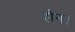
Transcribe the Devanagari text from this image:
सैन।